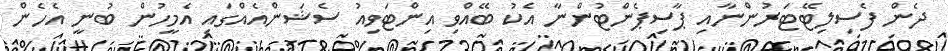
ދެން ފެސިލިޓޭޓަރުންނާއި ޕާސިޕެންޓުންނާ އެކު ބޭއްވި އިންޓަވިއު ސެޝަންއެއްގައި އެމީހުން ބުނީ އެހެން